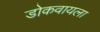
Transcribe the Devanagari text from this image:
डोकवायला